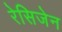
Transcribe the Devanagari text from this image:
रेसिजेन